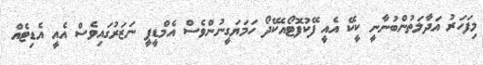
މިފަހަރު އަދާލަތުންބުނާނީ ކީކޭ އެއީ ފޭކުފޮޓޯއެކޭދޯ ހަމަޔަގީނުންވެސް އެމްޑީޕީ ނަޒަރުގައިވެސް އެއީ އެޑިޓެއް